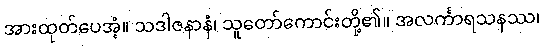
အားထုတ်ပေအံ့။ သဒါဇနာနံ၊ သူတော်ကောင်းတို့၏။ အလင်္ကာရသနဿ၊